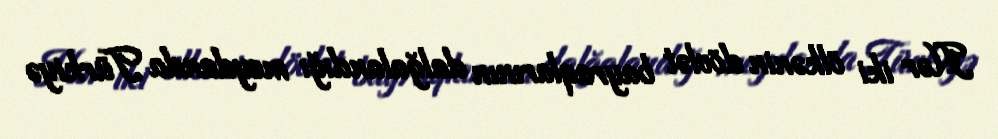
Hər iki ölkənin dövlət bayraqlarının dalğalandığı meydanda Türkiyə